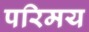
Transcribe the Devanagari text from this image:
परिमय